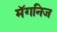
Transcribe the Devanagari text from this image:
मॅगनिज